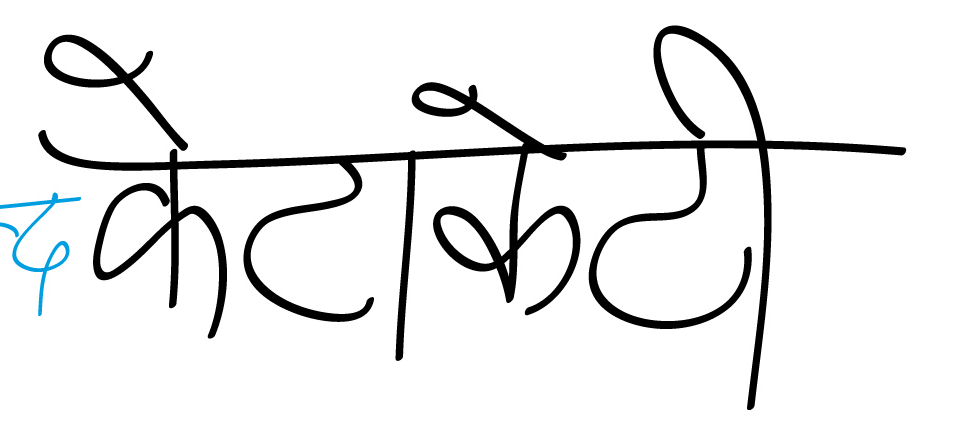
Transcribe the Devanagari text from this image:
दकेटोकेटी